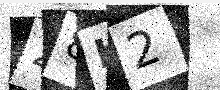
Text: 28K2